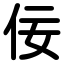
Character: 佞